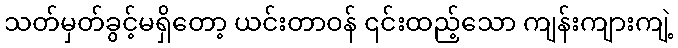
သတ်မှတ်ခွင့်မရှိတော့ ယင်းတာဝန် ၎င်းထည့်သော ကျန်းကျားကျဲ့